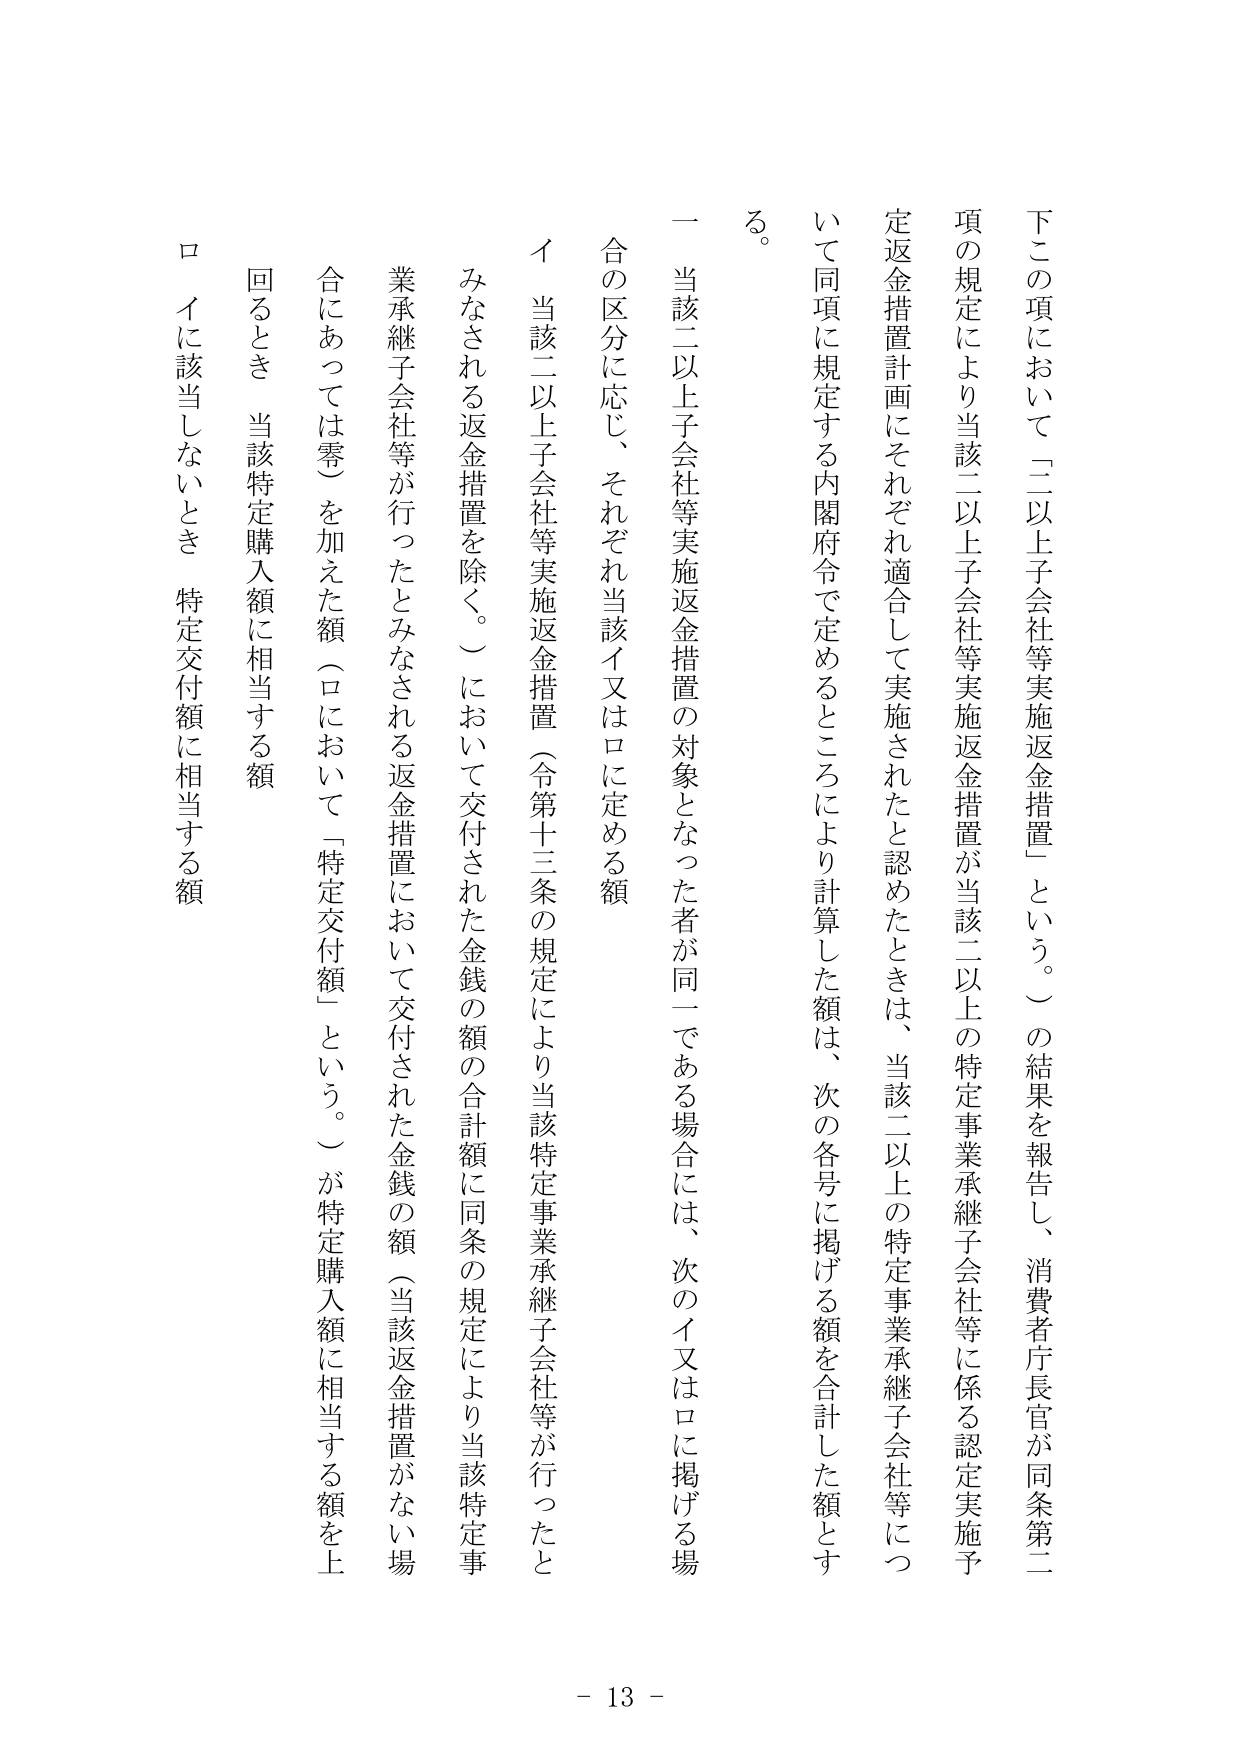
下この項において「二以上子会社等実施返金措置」という。）の結果を報告し、消費者庁長官が同条第二項の規定により当該二以上子会社等実施返金措置が当該二以上の特定事業承継子会社等に係る認定実施予定返金措置計画にそれぞれ適合して実施されたと認めたときは、当該二以上の特定事業承継子会社等について同項に規定する内閣府令で定めるところにより計算した額は、次の各号に掲げる額を合計した額とする。

一 当該二以上子会社等実施返金措置の対象となった者が同一である場合には、次のイ又はロに掲げる場合の区分に応じ、それぞれ当該イ又はロに定める額

イ 当該二以上子会社等実施返金措置（令第十三条の規定により当該特定事業承継子会社等が行ったとみなされる返金措置を除く。）において交付された金銭の額の合計額に同条の規定により当該特定事業承継子会社等が行ったとみなされる返金措置において交付された金銭の額（当該返金措置がない場合にあっては零）を加えた額（ロにおいて「特定交付額」という。）が特定購入額に相当する額を上回るとき 当該特定購入額に相当する額

ロ イに該当しないとき 特定交付額に相当する額

- 13 -